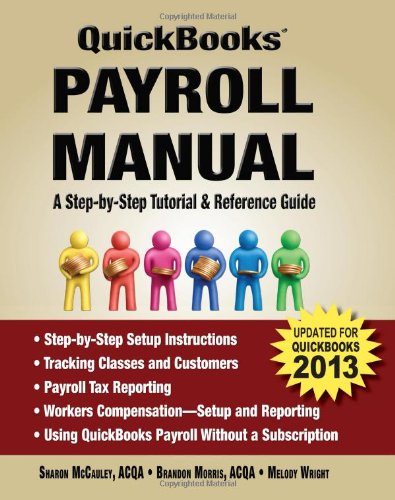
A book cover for QuickBooks Payroll Manual; Sharon McCauley; Computers & Technology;